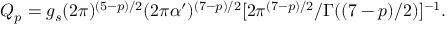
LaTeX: Q _ { p } = g _ { s } ( 2 \pi ) ^ { ( 5 - p ) / 2 } ( 2 \pi \alpha ^ { \prime } ) ^ { ( 7 - p ) / 2 } [ 2 \pi ^ { ( 7 - p ) / 2 } / \Gamma ( ( 7 - p ) / 2 ) ] ^ { - 1 } .